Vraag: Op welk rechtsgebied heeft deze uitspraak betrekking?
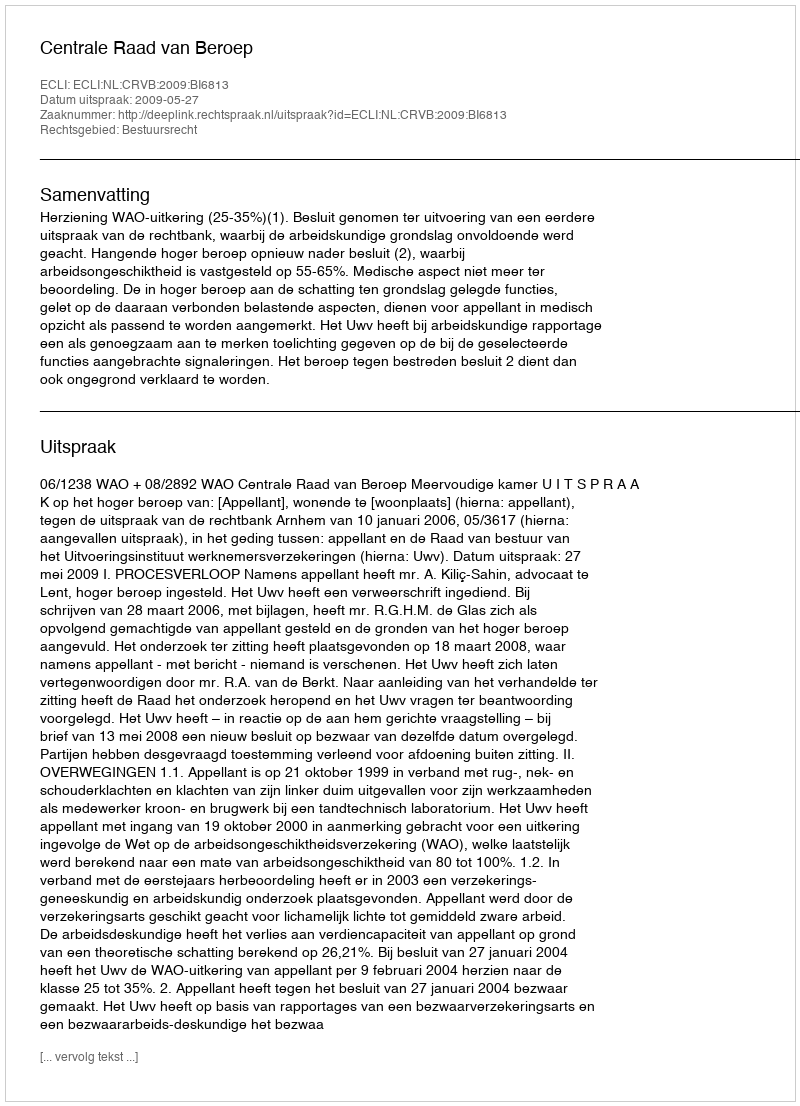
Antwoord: Bestuursrecht